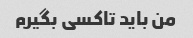
من باید تاکسی بگیرم